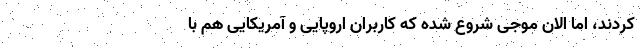
کردند،‌ اما الان موجی شروع شده که کاربران اروپایی و آمریکایی هم با